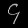
Digit: ၄